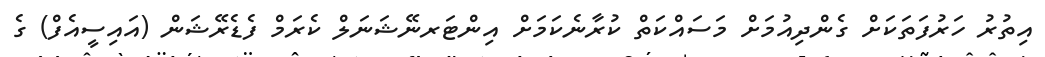
އިތުރު ހަރުފަތަކަށް ގެންދިއުމަށް މަސައްކަތް ކުރާނެކަމަށް އިންޓަރނޭޝަނަލް ކެރަމް ފެޑެރޭޝަން (އައިސީއެފް) ގެ